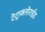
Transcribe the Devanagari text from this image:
टेट्राक्लोराईड